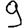
Digit: 9